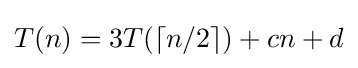
T(n)=3T(\lceil n/2\rceil )+cn+d